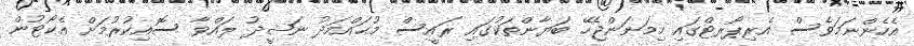
އެހެންނަމަވެސް އެރިޕޯރޓްގައި ހިމަނަންޖެހޭ ބަޔާންތަކުގައި ރައީސް މުޙައްމަދު ނަޝީދު ލައްވާ ސޮއިކުރުމަށް އެކޯޓުން